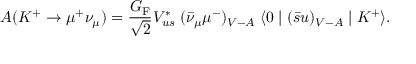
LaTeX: A ( K ^ { + } \to \mu ^ { + } \nu _ { \mu } ) = { \frac { G _ { \mathrm { F } } } { \sqrt 2 } } V _ { u s } ^ { * } \; ( \bar { \nu } _ { \mu } \mu ^ { - } ) _ { V - A } \; \langle 0 \mid ( \bar { s } u ) _ { V - A } \mid K ^ { + } \rangle .